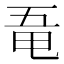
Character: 𠄲